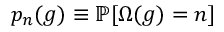
p _ { n } ( g ) \equiv \mathbb { P } [ \Omega ( g ) = n ]